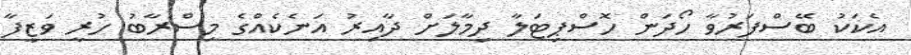
އެކަކު ބޭސްފަރުވާ ހޯދަން ހޮސްޕިޓަލާ ދިމާލަށް ދާއިރު އަނެކެއްގެ މިސްރާބު ހުރީ ވަޒީފާ